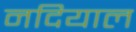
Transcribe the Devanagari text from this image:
नदियाल